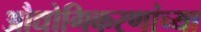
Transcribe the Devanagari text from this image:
औद्योगिकरणांच्या